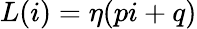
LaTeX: L(i)=\eta(pi+q)